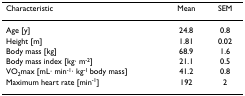
| Characteristic | Mean | SEM |
 | --- | --- | --- |
 | Age [y] | 24.8 | 0.8 |
 | Height [m] | 1.81 | 0.02 |
 | Body mass [kg] | 68.9 | 1.6 |
 | Body mass index [kg· m-2] | 21.1 | 0.5 |
 | VO2max [mL· min-1· kg-1 body mass] | 41.2 | 0.8 |
 | Maximum heart rate [min-1] | 192 | 2 |